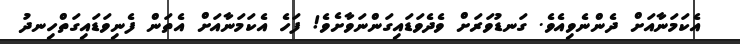
އެކަމަނާއަށް ދެންނެވިއެވެ. ގަނޑުވަރަށް ވެދެވަޑައިގަންނަވާށެވެ! ފަހެ އެކަމަނާއަށް އެތަން ފެނިވަޑައިގަތްހިނދު